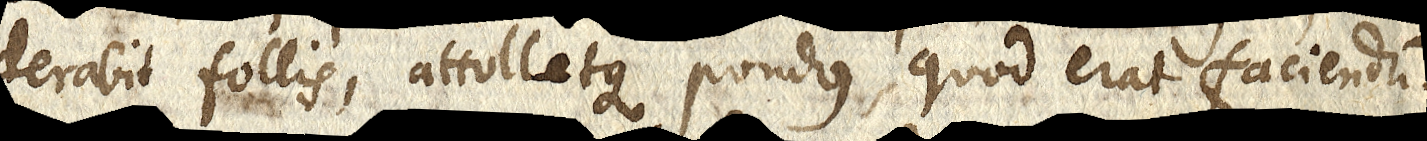
derabit follis,attoletquepondus, quoderat faciendum.